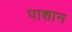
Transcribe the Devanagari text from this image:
पाशान